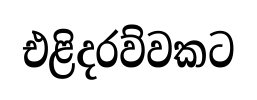
එළිදරව්වකට